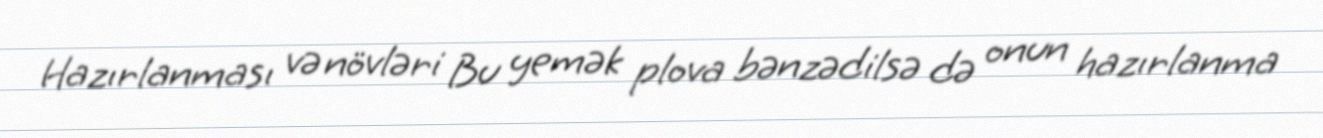
Hazırlanması və növləri Bu yemək plova bənzədilsə də onun hazırlanma